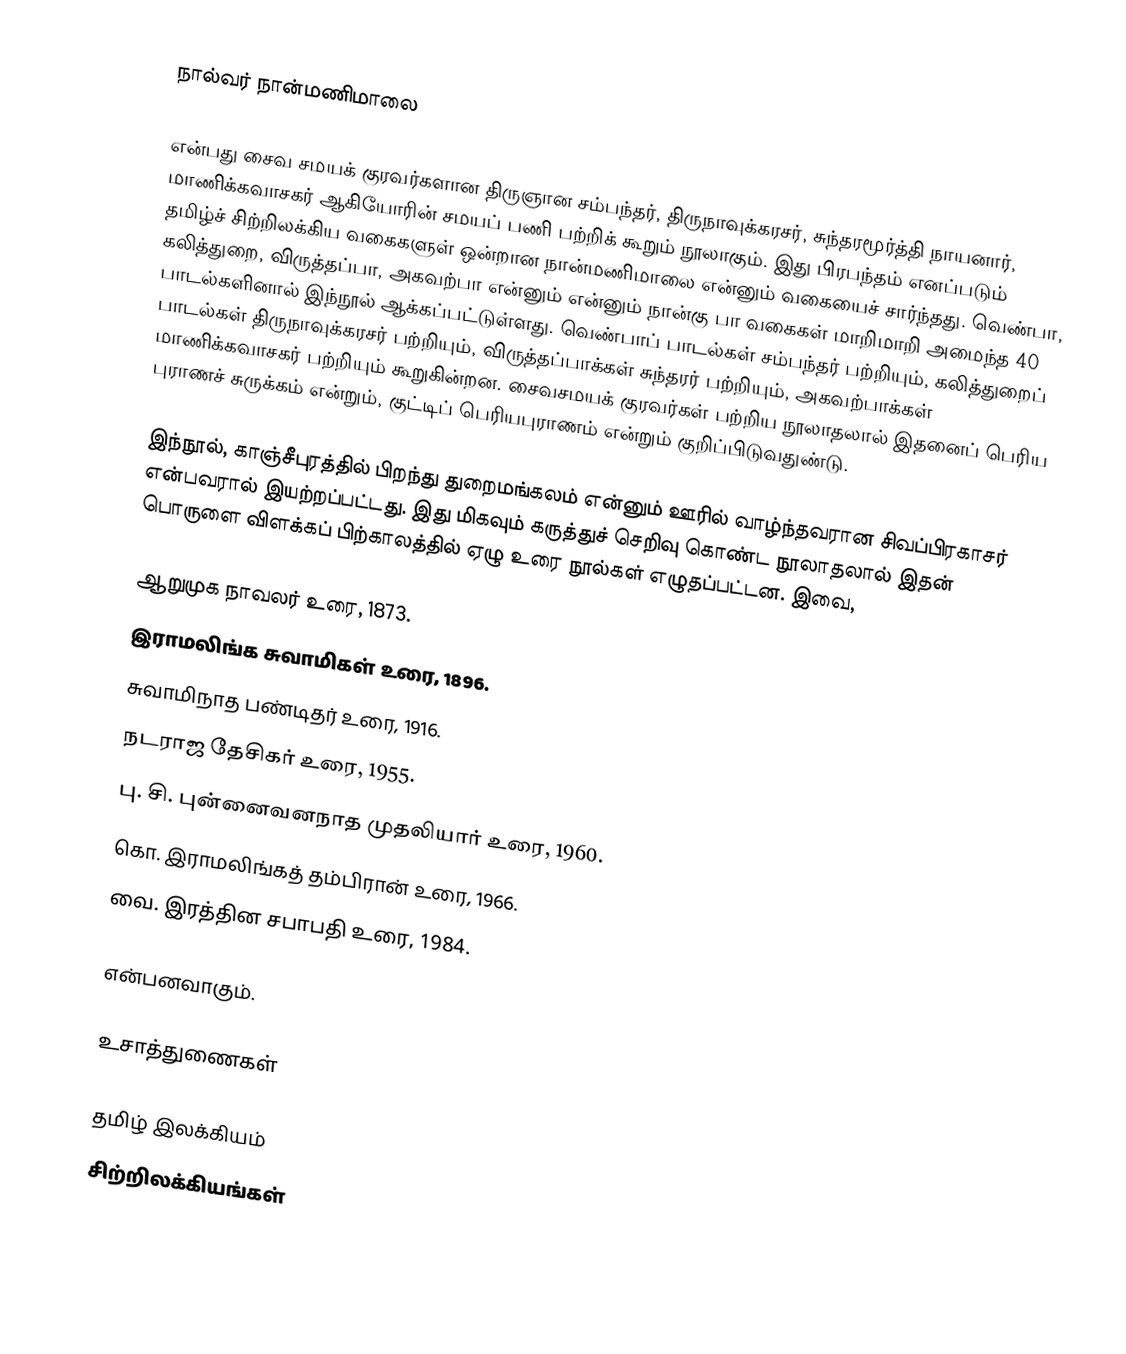
நால்வர் நான்மணிமாலை

என்பது சைவ சமயக் குரவர்களான திருஞான சம்பந்தர், திருநாவுக்கரசர், சுந்தரமூர்த்தி நாயனார், மாணிக்கவாசகர் ஆகியோரின் சமயப் பணி பற்றிக் கூறும் நூலாகும். இது பிரபந்தம் எனப்படும் தமிழ்ச் சிற்றிலக்கிய வகைகளுள் ஒன்றான நான்மணிமாலை என்னும் வகையைச் சார்ந்தது. வெண்பா, கலித்துறை, விருத்தப்பா, அகவற்பா என்னும் என்னும் நான்கு பா வகைகள் மாறிமாறி அமைந்த 40 பாடல்களினால் இந்நூல் ஆக்கப்பட்டுள்ளது. வெண்பாப் பாடல்கள் சம்பந்தர் பற்றியும், கலித்துறைப் பாடல்கள் திருநாவுக்கரசர் பற்றியும், விருத்தப்பாக்கள் சுந்தரர் பற்றியும், அகவற்பாக்கள் மாணிக்கவாசகர் பற்றியும் கூறுகின்றன. சைவசமயக் குரவர்கள் பற்றிய நூலாதலால் இதனைப் பெரிய புராணச் சுருக்கம் என்றும், குட்டிப் பெரியபுராணம் என்றும் குறிப்பிடுவதுண்டு.

இந்நூல், காஞ்சீபுரத்தில் பிறந்து துறைமங்கலம் என்னும் ஊரில் வாழ்ந்தவரான சிவப்பிரகாசர் என்பவரால் இயற்றப்பட்டது. இது மிகவும் கருத்துச் செறிவு கொண்ட நூலாதலால் இதன் பொருளை விளக்கப் பிற்காலத்தில் ஏழு உரை நூல்கள் எழுதப்பட்டன. இவை,

 ஆறுமுக நாவலர் உரை, 1873.
 இராமலிங்க சுவாமிகள் உரை, 1896.
 சுவாமிநாத பண்டிதர் உரை, 1916.
 நடராஜ தேசிகர் உரை, 1955.
 பு. சி. புன்னைவனநாத முதலியார் உரை, 1960.
 கொ. இராமலிங்கத் தம்பிரான் உரை, 1966.
 வை. இரத்தின சபாபதி உரை, 1984.

என்பனவாகும்.

உசாத்துணைகள்

தமிழ் இலக்கியம்
சிற்றிலக்கியங்கள்